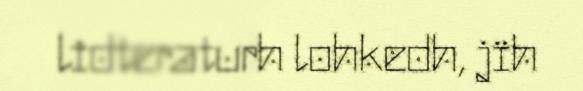
lidteraturh lohkedh, jïh